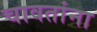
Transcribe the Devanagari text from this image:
चावतांना